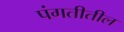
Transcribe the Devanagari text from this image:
पंगतीतील